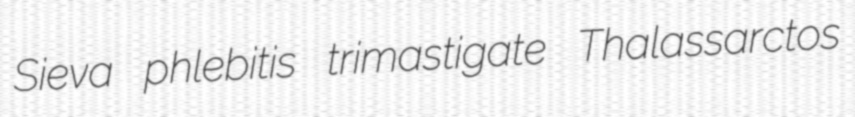
Sieva phlebitis trimastigate Thalassarctos